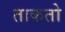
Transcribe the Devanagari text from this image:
ताकतो